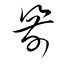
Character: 箭